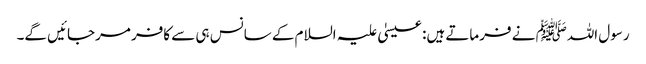
رسول اللہﷺ نے فرماتے ہیں: عیسیٰ علیہ السلام کے سانس ہی سے کافر مرجائیں گے۔